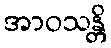
အာဝသန္တိ